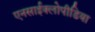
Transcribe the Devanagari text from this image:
एनसाईक्लोपीडिया